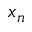
x _ { n }